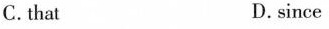
C.that D.since